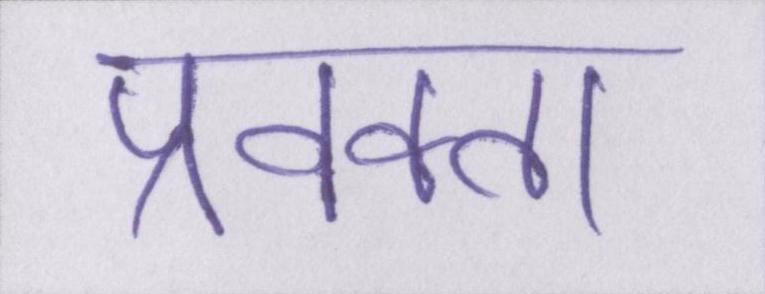
प्रवक्ता